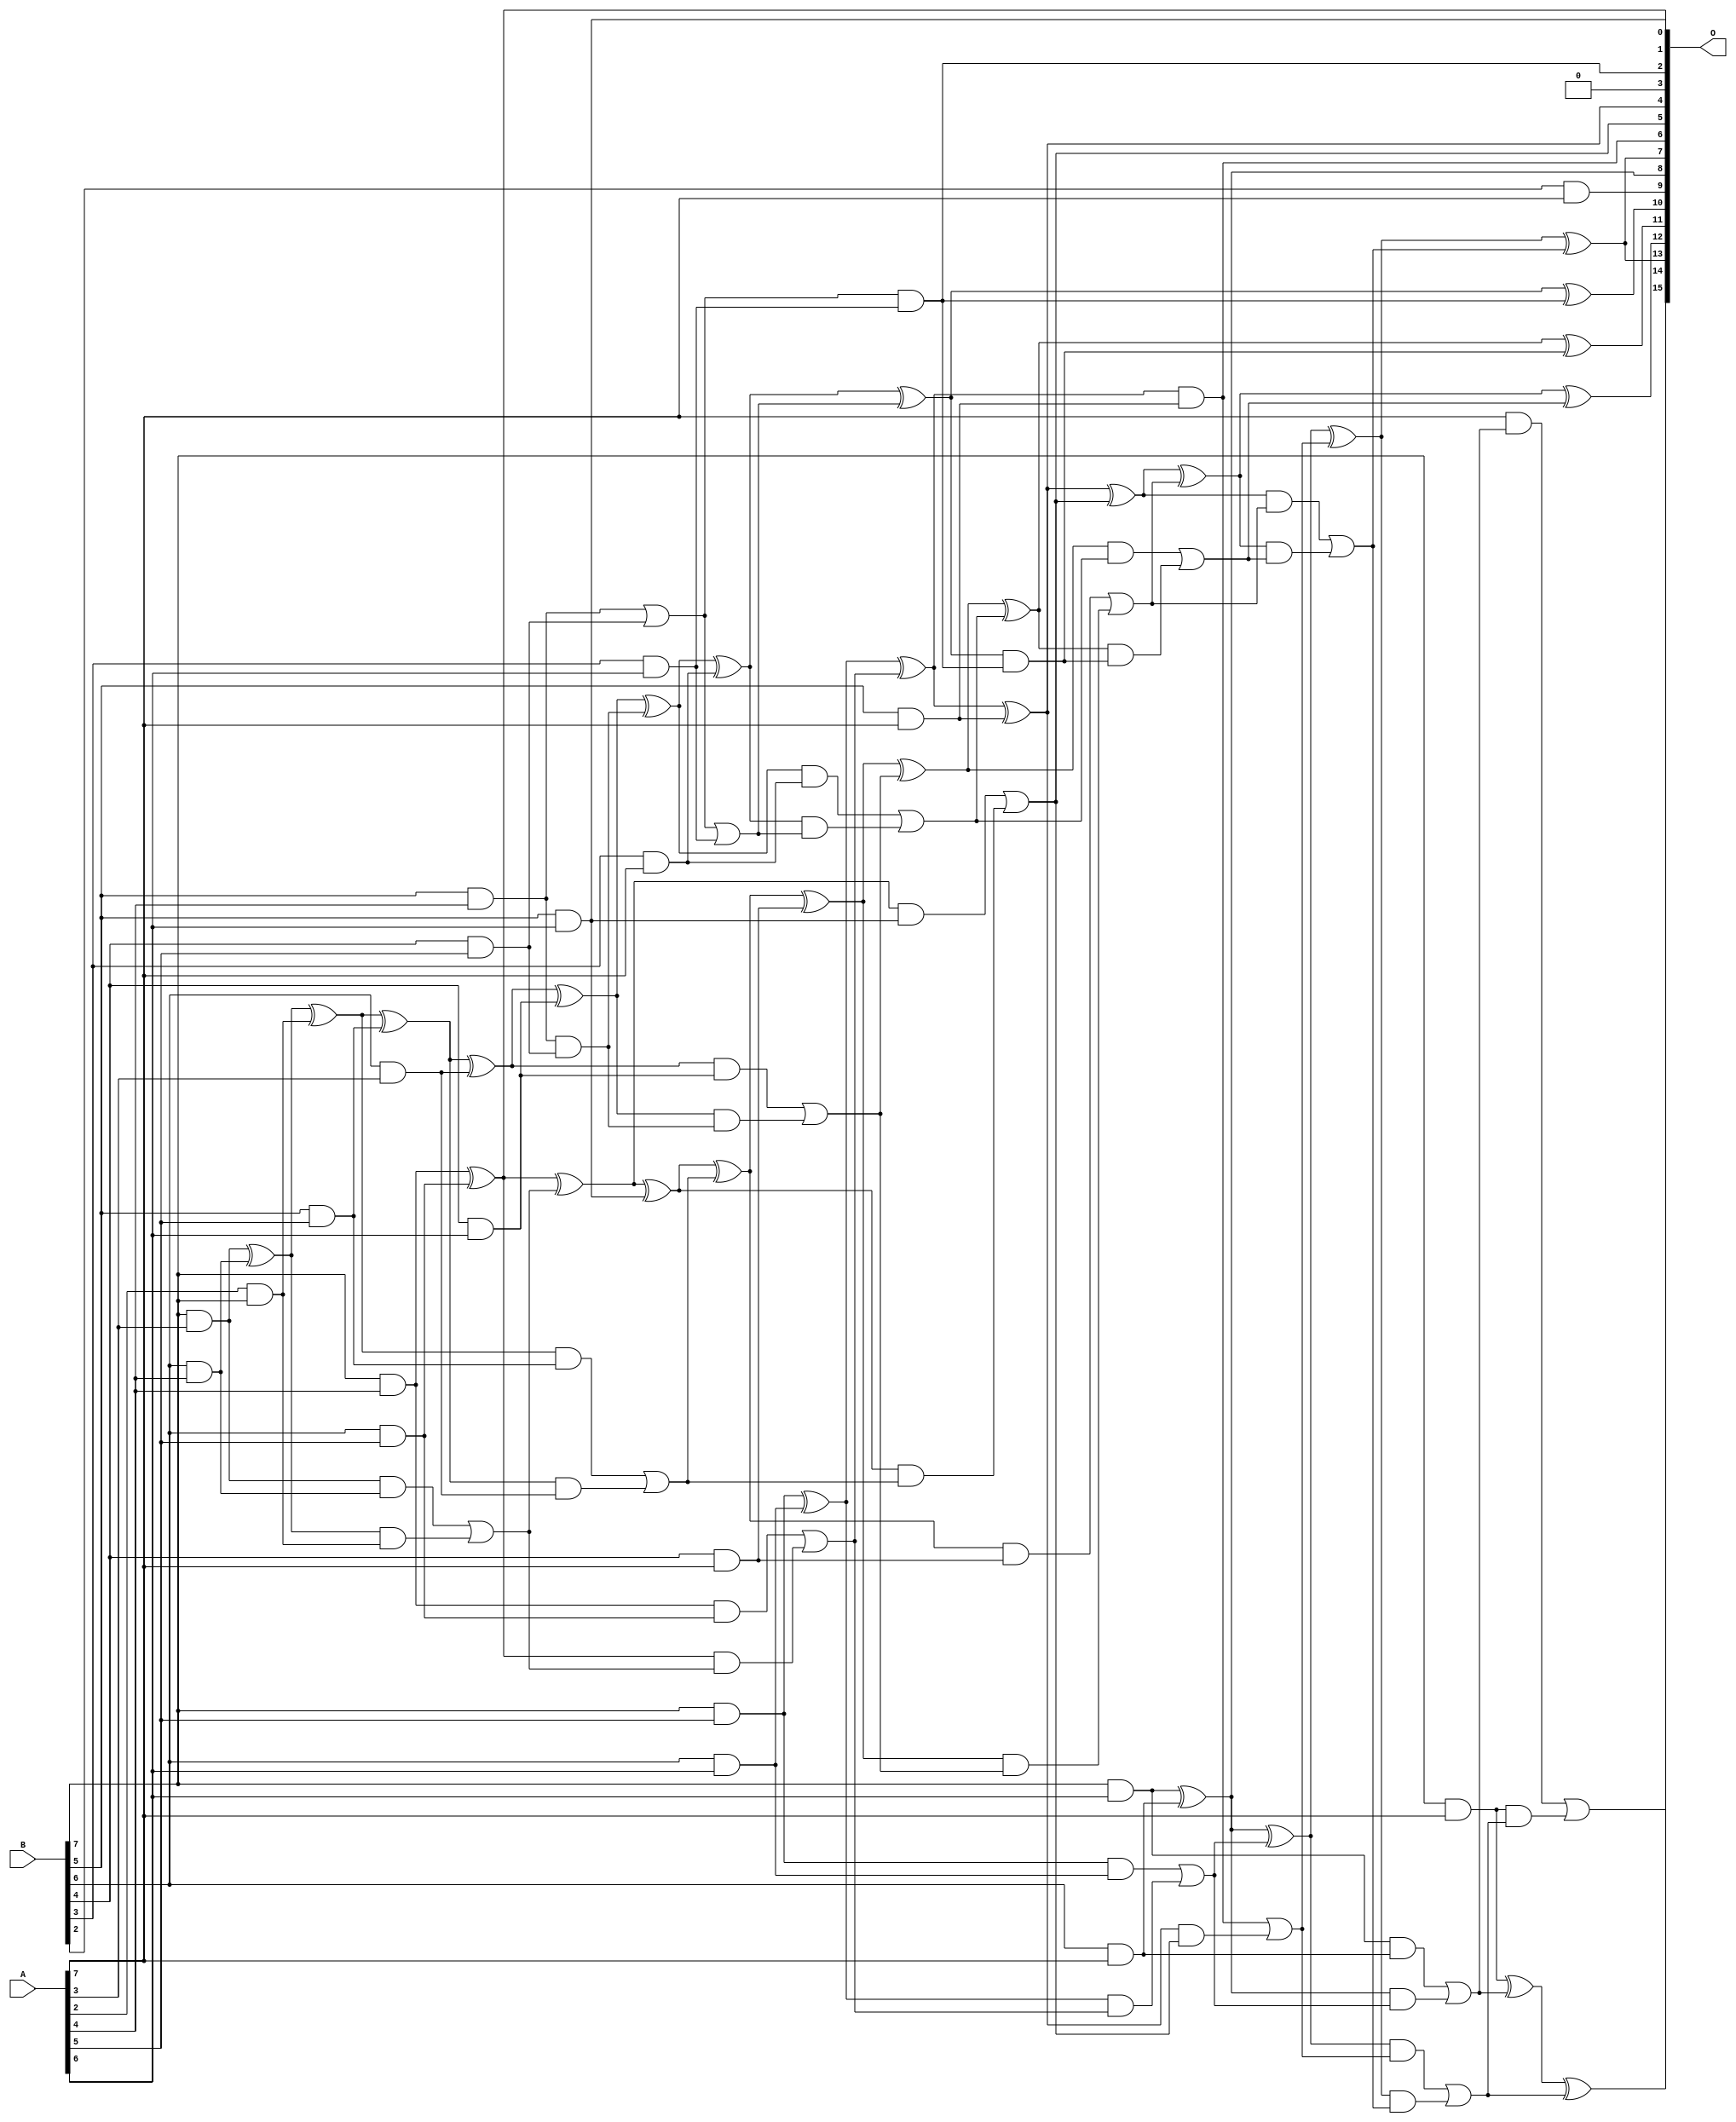
/***
* This code is a part of EvoApproxLib library (ehw.fit.vutbr.cz/approxlib) distributed under The MIT License.
* When used, please cite the following article(s): PRABAKARAN B. S., MRAZEK V., VASICEK Z., SEKANINA L., SHAFIQUE M. ApproxFPGAs: Embracing ASIC-based Approximate Arithmetic Components for FPGA-Based Systems. DAC 2020. 
***/
// MAE% = 0.58 %
// MAE = 380 
// WCE% = 2.59 %
// WCE = 1699 
// WCRE% = 100.00 %
// EP% = 99.08 %
// MRE% = 11.06 %
// MSE = 222637 
// FPGA_POWER = 0.54
// FPGA_DELAY = 8.8
// FPGA_LUT = 28

module mul8u_Y99 (
    A,
    B,
    O
);

input [7:0] A;
input [7:0] B;
output [15:0] O;

wire sig_96,sig_129,sig_137,sig_138,sig_139,sig_167,sig_170,sig_171,sig_172,sig_173,sig_174,sig_179,sig_180,sig_181,sig_182,sig_203,sig_204,sig_208,sig_209,sig_210;
wire sig_211,sig_212,sig_213,sig_214,sig_215,sig_216,sig_217,sig_221,sig_222,sig_223,sig_224,sig_225,sig_241,sig_242,sig_246,sig_247,sig_248,sig_249,sig_250,sig_251;
wire sig_252,sig_253,sig_254,sig_255,sig_256,sig_257,sig_258,sig_259,sig_260,sig_263,sig_264,sig_265,sig_266,sig_267,sig_268,sig_284,sig_285,sig_286,sig_287,sig_288;
wire sig_289,sig_290,sig_291,sig_292,sig_293,sig_294,sig_295,sig_296,sig_297,sig_298,sig_299,sig_300,sig_301,sig_302,sig_303,sig_313,sig_314,sig_316,sig_317,sig_318;
wire sig_319,sig_320,sig_321,sig_322,sig_323,sig_324,sig_325,sig_326,sig_327,sig_328,sig_329,sig_330,sig_331,sig_332,sig_333,sig_334,sig_335;

assign sig_96 = B[7] & A[3];
assign sig_129 = A[2] & B[7];
assign sig_137 = B[5] & A[4];
assign sig_138 = B[6] & A[4];
assign sig_139 = B[7] & A[4];
assign sig_167 = B[6] & A[3];
assign sig_170 = sig_96 ^ sig_138;
assign sig_171 = sig_96 & sig_138;
assign sig_172 = sig_170 & sig_129;
assign sig_173 = sig_170 ^ sig_129;
assign sig_174 = sig_171 | sig_172;
assign sig_179 = B[4] & A[5];
assign sig_180 = B[5] & A[5];
assign sig_181 = B[6] & A[5];
assign sig_182 = B[7] & A[5];
assign sig_203 = sig_137 | sig_179;
assign sig_204 = sig_137 & sig_179;
assign sig_208 = sig_173 ^ sig_180;
assign sig_209 = sig_173 & sig_180;
assign sig_210 = sig_208 & sig_167;
assign sig_211 = sig_208 ^ sig_167;
assign sig_212 = sig_209 | sig_210;
assign sig_213 = sig_139 ^ sig_181;
assign sig_214 = sig_139 & sig_181;
assign sig_215 = sig_213 & sig_174;
assign sig_216 = sig_213 ^ sig_174;
assign sig_217 = sig_214 | sig_215;
assign sig_221 = B[3] & A[6];
assign sig_222 = B[4] & A[6];
assign sig_223 = B[5] & A[6];
assign sig_224 = B[6] & A[6];
assign sig_225 = B[7] & A[6];
assign sig_241 = sig_203 | sig_221;
assign sig_242 = sig_203 & sig_221;
assign sig_246 = sig_211 ^ sig_222;
assign sig_247 = sig_211 & sig_222;
assign sig_248 = sig_246 & sig_204;
assign sig_249 = sig_246 ^ sig_204;
assign sig_250 = sig_247 | sig_248;
assign sig_251 = sig_216 ^ sig_223;
assign sig_252 = sig_216 & sig_223;
assign sig_253 = sig_251 & sig_212;
assign sig_254 = sig_251 ^ sig_212;
assign sig_255 = sig_252 | sig_253;
assign sig_256 = sig_182 ^ sig_224;
assign sig_257 = sig_182 & sig_224;
assign sig_258 = sig_256 & sig_217;
assign sig_259 = sig_256 ^ sig_217;
assign sig_260 = sig_257 | sig_258;
assign sig_263 = B[2] & A[7];
assign sig_264 = B[3] & A[7];
assign sig_265 = B[4] & A[7];
assign sig_266 = B[5] & A[7];
assign sig_267 = B[6] & A[7];
assign sig_268 = B[7] & A[7];
assign sig_284 = sig_249 ^ sig_264;
assign sig_285 = sig_249 & sig_264;
assign sig_286 = sig_284 & sig_241;
assign sig_287 = sig_284 ^ sig_241;
assign sig_288 = sig_285 | sig_286;
assign sig_289 = sig_254 ^ sig_265;
assign sig_290 = sig_254 & sig_265;
assign sig_291 = sig_289 & sig_250;
assign sig_292 = sig_289 ^ sig_250;
assign sig_293 = sig_290 | sig_291;
assign sig_294 = sig_259 ^ sig_266;
assign sig_295 = sig_259 & sig_266;
assign sig_296 = sig_294 & sig_255;
assign sig_297 = sig_294 ^ sig_255;
assign sig_298 = sig_295 | sig_296;
assign sig_299 = sig_225 ^ sig_267;
assign sig_300 = sig_225 & sig_267;
assign sig_301 = sig_299 & sig_260;
assign sig_302 = sig_299 ^ sig_260;
assign sig_303 = sig_300 | sig_301;
assign sig_313 = sig_287 & sig_242;
assign sig_314 = sig_287 ^ sig_242;
assign sig_316 = sig_292 ^ sig_288;
assign sig_317 = sig_292 & sig_288;
assign sig_318 = sig_316 & sig_313;
assign sig_319 = sig_316 ^ sig_313;
assign sig_320 = sig_317 | sig_318;
assign sig_321 = sig_297 ^ sig_293;
assign sig_322 = sig_297 & sig_293;
assign sig_323 = sig_321 & sig_320;
assign sig_324 = sig_321 ^ sig_320;
assign sig_325 = sig_322 | sig_323;
assign sig_326 = sig_302 ^ sig_298;
assign sig_327 = sig_302 & sig_298;
assign sig_328 = sig_326 & sig_325;
assign sig_329 = sig_326 ^ sig_325;
assign sig_330 = sig_327 | sig_328;
assign sig_331 = sig_268 ^ sig_303;
assign sig_332 = A[7] & sig_303;
assign sig_333 = sig_268 & sig_330;
assign sig_334 = sig_331 ^ sig_330;
assign sig_335 = sig_332 | sig_333;

assign O[15] = sig_335;
assign O[14] = sig_334;
assign O[13] = sig_329;
assign O[12] = sig_324;
assign O[11] = sig_319;
assign O[10] = sig_314;
assign O[9] = sig_263;
assign O[8] = sig_299;
assign O[7] = sig_329;
assign O[6] = sig_295;
assign O[5] = sig_255;
assign O[4] = sig_294;
assign O[3] = 1'b0;
assign O[2] = sig_242;
assign O[1] = sig_213;
assign O[0] = sig_223;

endmodule